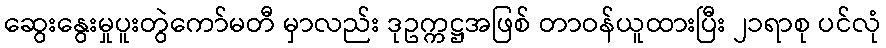
ဆွေးနွေးမှုပူးတွဲကော်မတီ မှာလည်း ဒုဥက္ကဋ္ဌအဖြစ် တာဝန်ယူထားပြီး ၂၁ရာစု ပင်လုံ